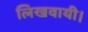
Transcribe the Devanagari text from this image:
लिखवायी।